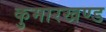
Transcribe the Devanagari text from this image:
कुमारखण्ड